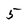
Character: 5